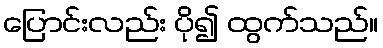
ပြောင်းလည်း ပို၍ ထွက်သည်။